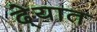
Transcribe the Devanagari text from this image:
दे्यात